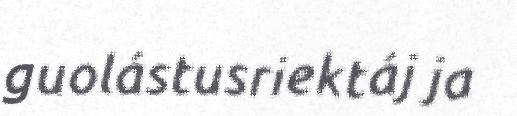
guolástusriektáj ja